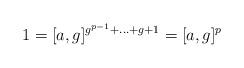
LaTeX: \begin{align*} 1=[a,g]^{g^{p-1}+\ldots +g+1} = [a,g]^p \end{align*}